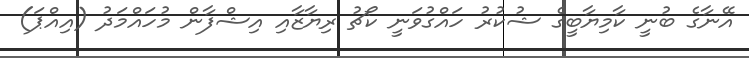
އޭނާގެ ބުނީ ކާމިޔާބީގެ ޝުކުރު ހައްގުވަނީ ކޯޗު ރިޔާޒާއި އިޝްފާން މުހައްމަދު (އިއްޕަ)